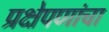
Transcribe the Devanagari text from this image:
प्रक्षेपणांचा